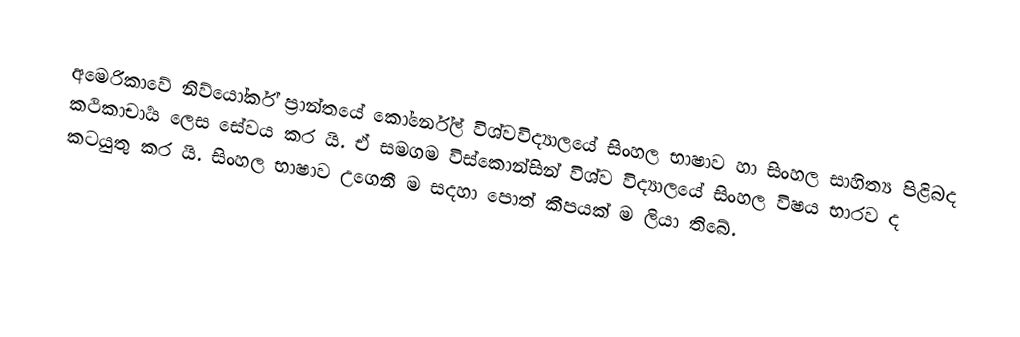
අමෙරිකාවේ නිව්යෝර්ක් ප්‍රාන්තයේ කෝර්නේල් විශ්වවිද්‍යාලයේ සිංහල භාෂාව හා සිංහල සාහිත්‍ය පිළිබද කථිකාචාර්‍ය ලෙස සේවය කර යි. ඒ සමගම විස්කොන්සින් විශ්ව විද්‍යාලයේ සිංහල විෂය භාරව ද කටයුතු කර යි. සිංහල භාෂාව උගෙනී ම සදහා පොත් කීපයක් ම ලියා තිබේ.